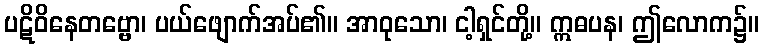
ပဋိဝိနေတဗ္ဗော၊ ပယ်ဖျောက်အပ်၏။ အာဝုသော၊ ငါ့ရှင်တို့။ ဣဓပန၊ ဤလောက၌။